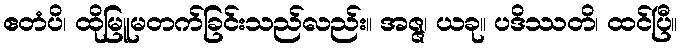
ဧတံပိ၊ ထိုမြူမတက်ခြင်းသည်လည်း။ အဇ္ဇ၊ ယခု။ ပဒိဿတိ၊ ထင်ပြီ။